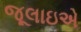
જૂલાઇએ